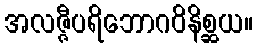
အလဇ္ဇီပရိဘောဂဝိနိစ္ဆယ။